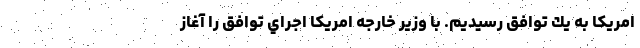
امريكا به يك توافق رسيديم. با وزير خارجه امريكا اجراي توافق را آغاز